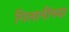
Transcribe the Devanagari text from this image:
गिलानींच्या